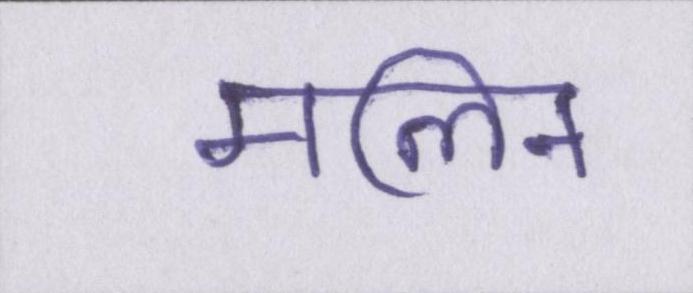
मलिन